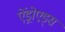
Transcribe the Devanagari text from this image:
ऐंड्रोएड्स